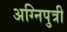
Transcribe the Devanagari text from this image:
अग्निपुत्री